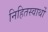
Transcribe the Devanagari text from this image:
निहितस्वार्थों